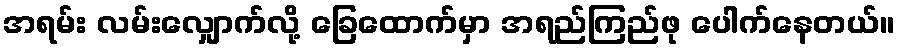
အရမ်း လမ်းလျှောက်လို့ ခြေထောက်မှာ အရည်ကြည်ဖု ပေါက်နေတယ်။